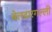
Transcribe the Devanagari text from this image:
बेलदारगल्ली